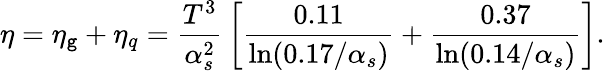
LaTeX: \eta=\eta_{\mathtt{g}}+\eta_{q}={\frac{{T^{3}}}{{\alpha_{s}^{2}}}}\left[{\frac{{0.11}}{{\ln(0.17/\alpha_{s})}}}+{\frac{{0.37}}{{\ln(0.14/\alpha_{s})}}}\right].